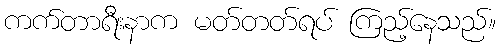
ကက်တာရီးနာက မတ်တတ်ရပ် ကြည့်နေသည်။